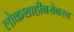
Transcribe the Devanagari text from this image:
लोकशाहीबरोबरच